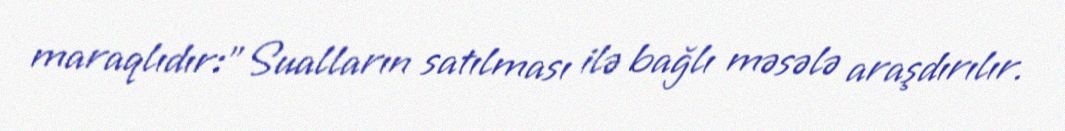
maraqlıdır:"Sualların satılması ilə bağlı məsələ araşdırılır.